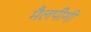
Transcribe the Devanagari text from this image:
मैलपीगी